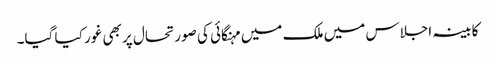
کابینہ اجلاس میں ملک میں مہنگائی کی صورتحال پر بھی غور کیا گیا۔